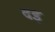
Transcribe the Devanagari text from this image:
दइ